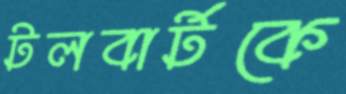
টলবার্টকে